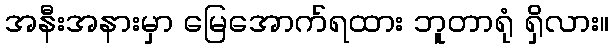
အနီးအနားမှာ မြေအောက်ရထား ဘူတာရုံ ရှိလား။